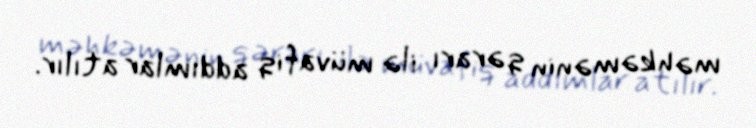
məhkəmənin qərarı ilə müvafiq addımlar atılır.